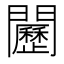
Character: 𨷦